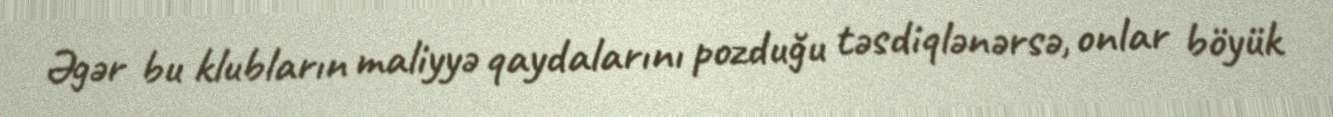
Əgər bu klubların maliyyə qaydalarını pozduğu təsdiqlənərsə, onlar böyük